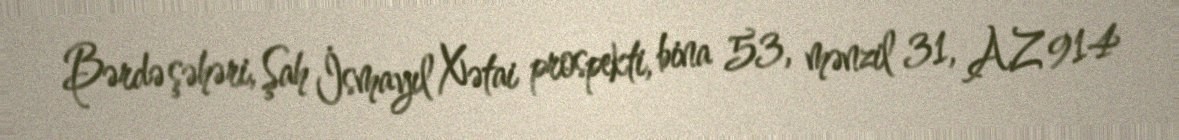
Bərdə şəhəri, Şah İsmayıl Xətai prospekti, bina 53, mənzil 31, AZ 914